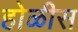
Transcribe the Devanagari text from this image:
होळीस